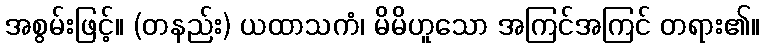
အစွမ်းဖြင့်။ (တနည်း) ယထာသကံ၊ မိမိဟူသော အကြင်အကြင် တရား၏။